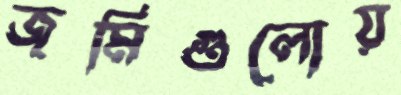
জমিগুলোয়